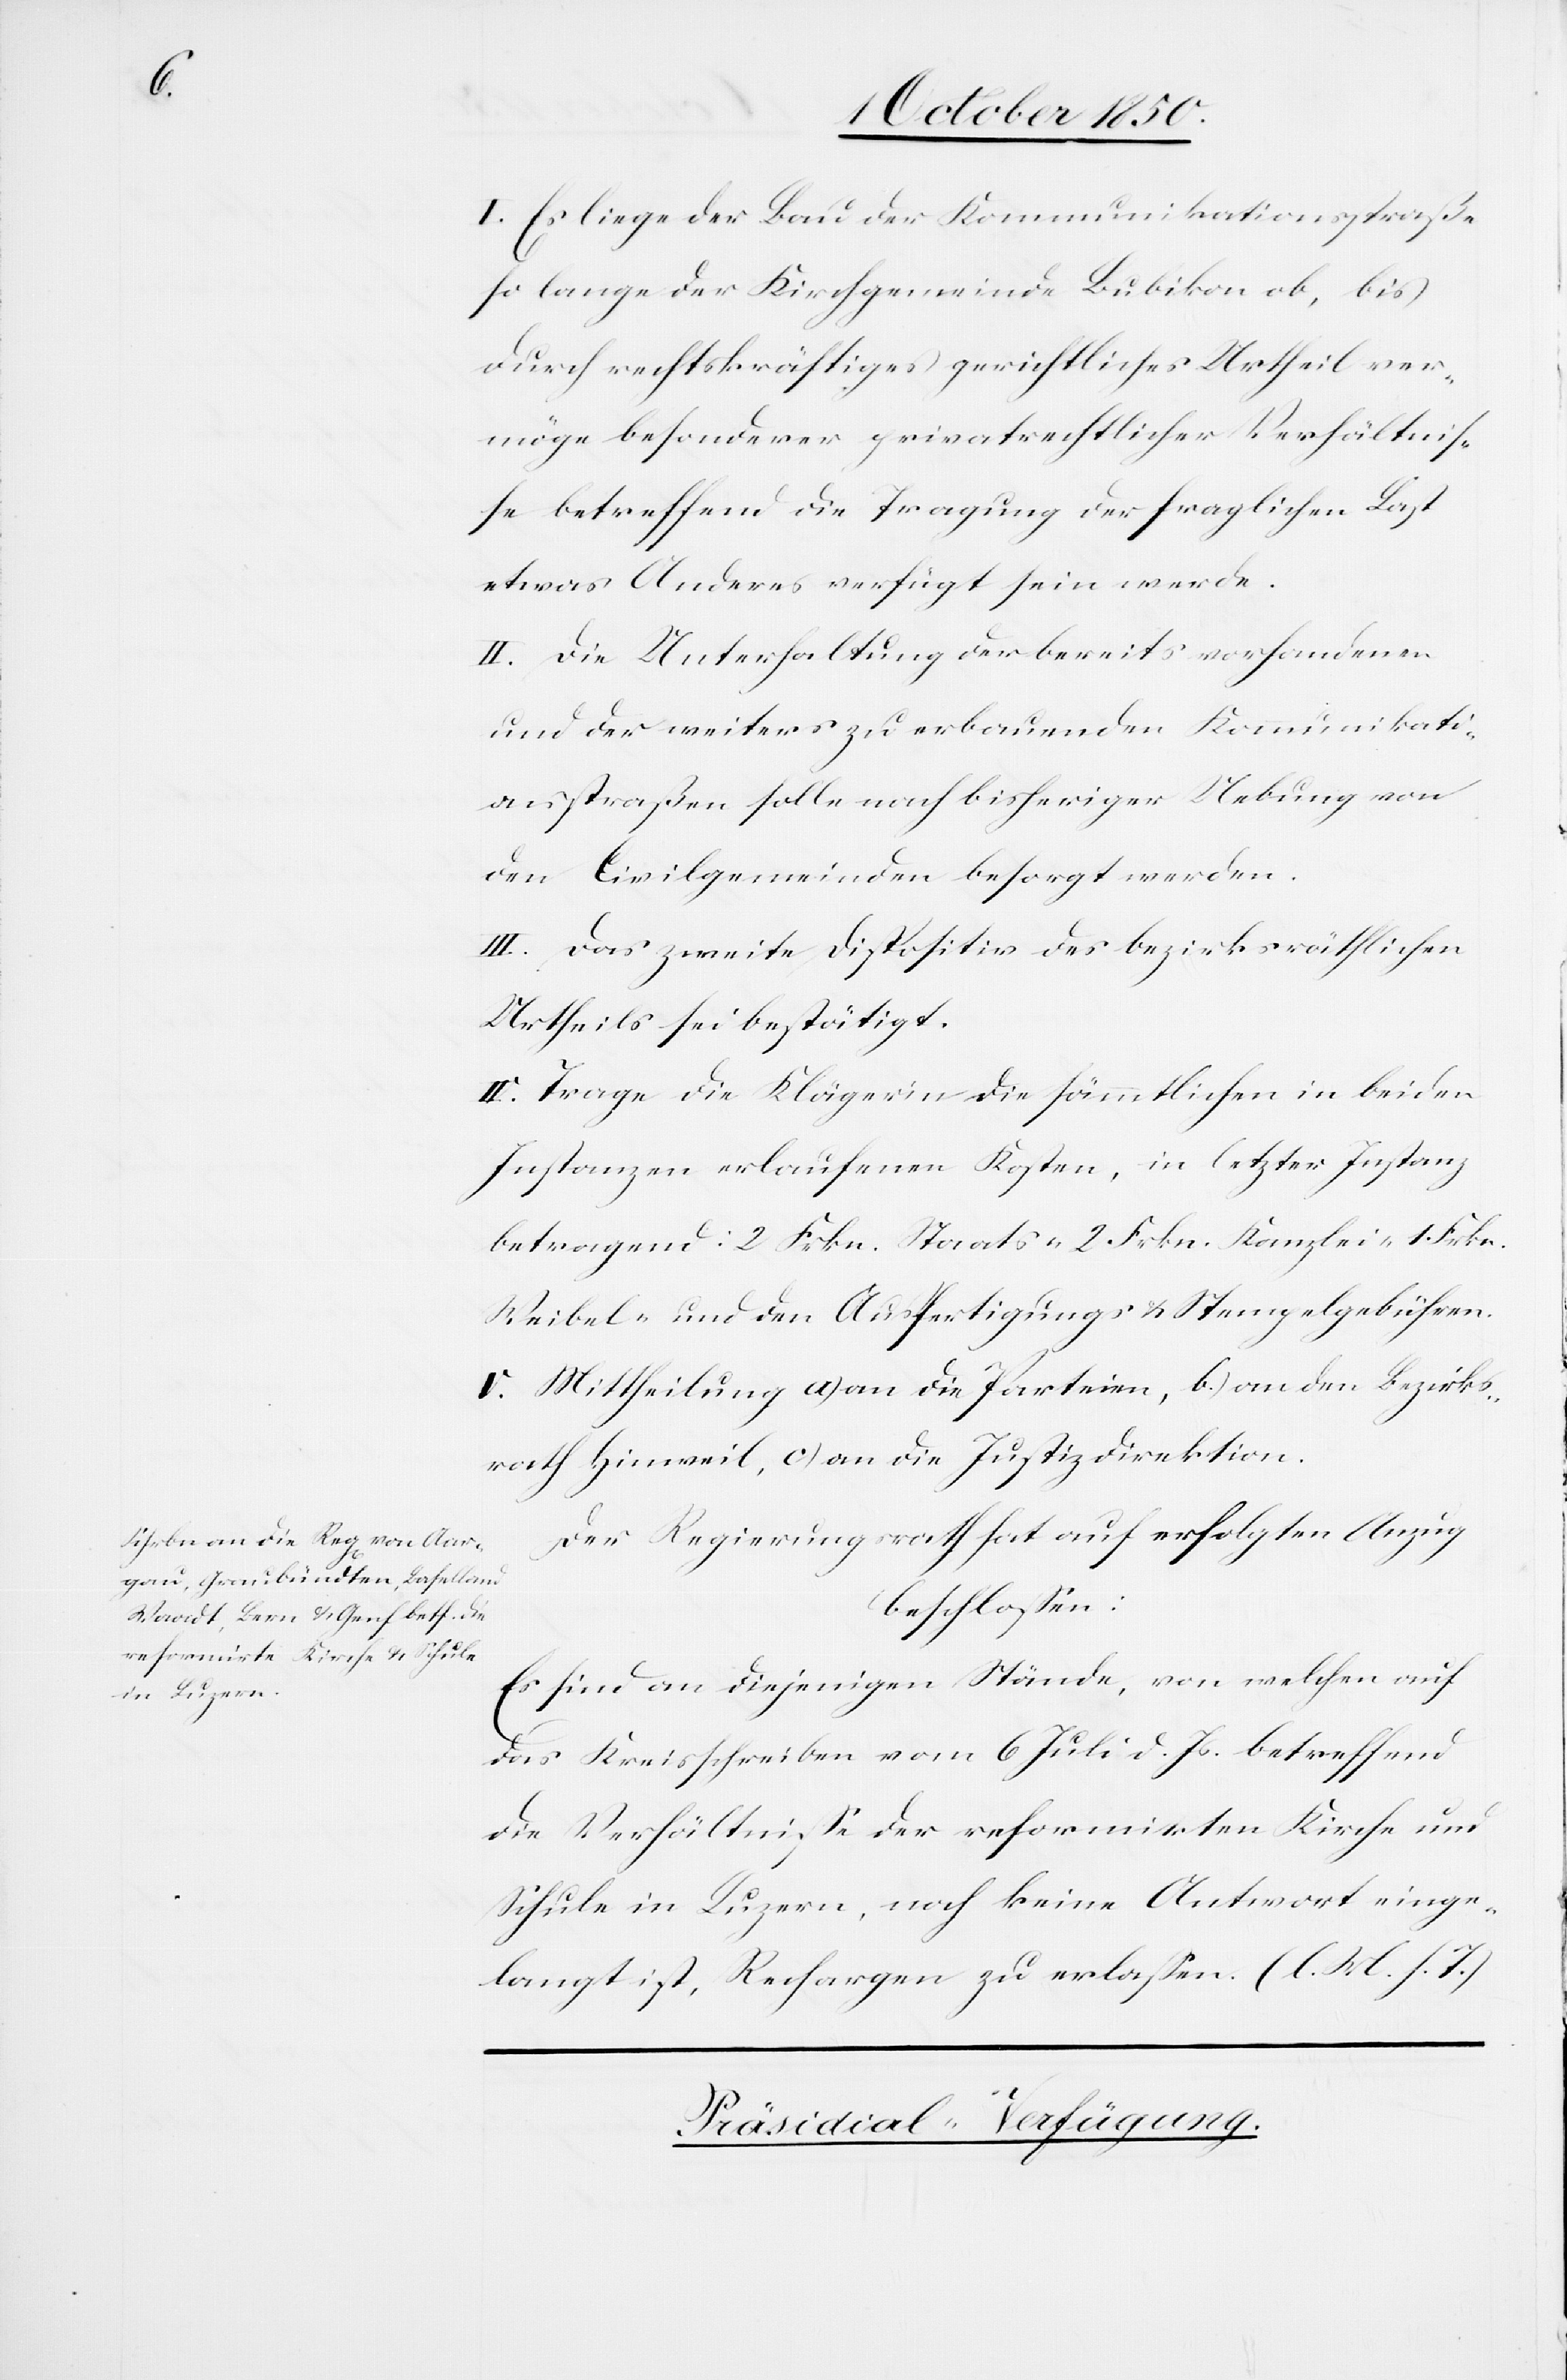
I. Es liege der Bau der Kommunikationsstraße
so lange der Kirchgemeinde Bubikon ob, bis
durch rechtskräftiges gerichtliches Urtheil ver¬
möge besonderer privatrechtlicher Verhältnis¬
se betreffend die Tragung der fraglichen Last
etwas Anderes verfügt sein werde.
II. Die Unterhaltung der bereits vorhandenen
und der weiters zu erbauenden Kommunikati¬
onsstraßen solle nach bisheriger Uebung von
den Civilgemeinden besorgt werden.
III. Das zweite Dispositiv des bezirksräthlichen
Urtheils sei bestätigt.
IV. Trage die Klägerin die sämmtlichen in beiden
Instanzen erlaufenen Kosten, in letzter Instanz
betragend: 2. Frkn. Staats-[,] 2. Frkn. Kanzlei-[,] 1. Frkn.
Weibel- und den Ausfertigungs[-] & Stempelgebühren.
V. Mittheilung a) an die Parteien, b) an den Bezirks¬
rath Hinweil, c) an die Justizdirektion.
Der Regierungsrath hat auf erfolgten Anzug
beschlossen:
Es sind an diejenigen Stände, von welchen auf
das Kreisschreiben vom 6 Juli d. Js. betreffend
die Verhältnisse der reformirten Kirche und
Schule in Luzern, noch keine Antwort einge¬
langt ist, Rechargen zu erlassen. (l. M. h. T)
Präsidial-Verfügung.